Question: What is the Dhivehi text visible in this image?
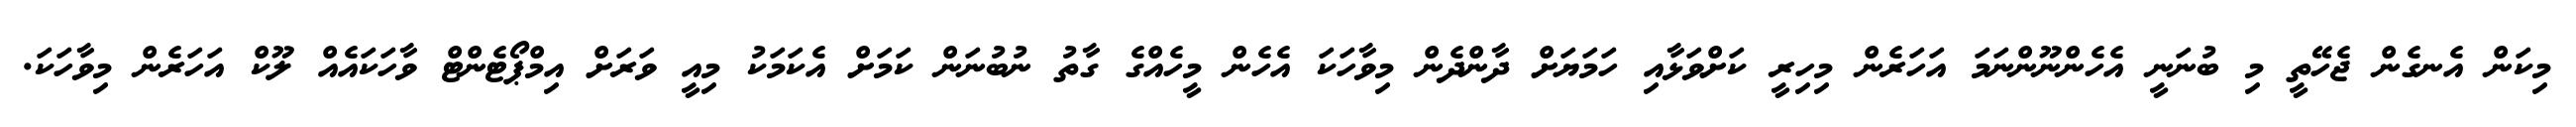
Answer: މިކަން އެނގެން ޖެހޭތީ މި ބުނަނީ އެހެންނޫންނަމަ އަހަރެން މިހިރީ ކަށްވަޅާއި ހަމަޔަށް ދާންދެން މިވާހަކަ އެހެން މީހެއްގެ ގާތު ނުބުނަން ކަމަށް އެކަމަކު މިއީ ވަރަށް އިމްޕޯޓެންޓް ވާހަކައެއް ލޫކް އަހަރެން މިވާހަކަ.